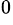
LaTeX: ^0